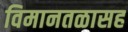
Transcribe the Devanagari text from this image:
विमानतळासह